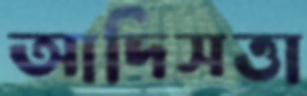
আদিসত্তা